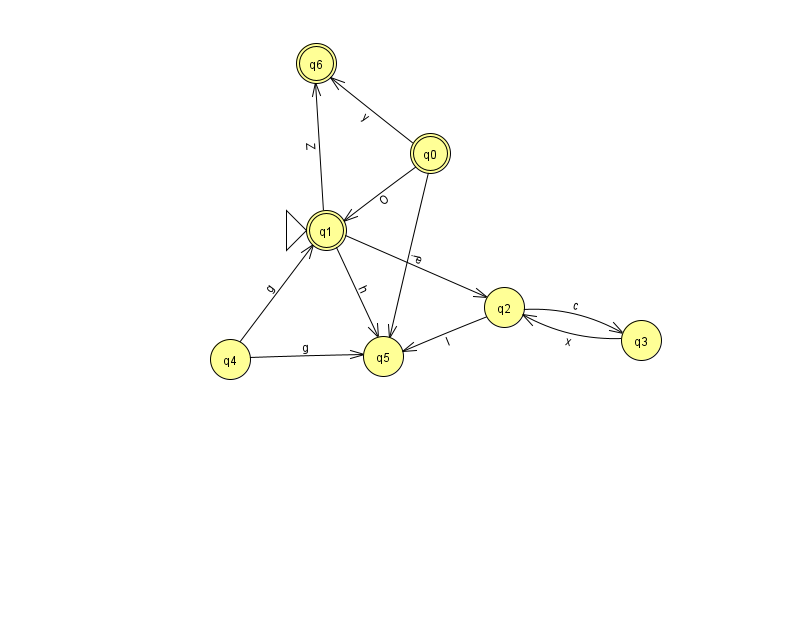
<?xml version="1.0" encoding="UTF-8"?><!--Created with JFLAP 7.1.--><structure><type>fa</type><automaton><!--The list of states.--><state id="0" name="q0"><x>430.0</x><y>140.0</y><final/></state><state id="1" name="q1"><x>326.0</x><y>217.0</y><initial/><final/></state><state id="2" name="q2"><x>504.0</x><y>294.0</y></state><state id="3" name="q3"><x>641.0</x><y>327.0</y></state><state id="4" name="q4"><x>230.0</x><y>346.0</y></state><state id="5" name="q5"><x>383.0</x><y>343.0</y></state><state id="6" name="q6"><x>316.0</x><y>50.0</y><final/></state><!--The list of transitions.--><transition><from>0</from><to>6</to><read>y</read></transition><transition><from>3</from><to>2</to><read>x</read></transition><transition><from>0</from><to>1</to><read>O</read></transition><transition><from>0</from><to>5</to><read>i</read></transition><transition><from>1</from><to>2</to><read>e</read></transition><transition><from>2</from><to>3</to><read>c</read></transition><transition><from>4</from><to>5</to><read>g</read></transition><transition><from>1</from><to>5</to><read>h</read></transition><transition><from>1</from><to>6</to><read>Z</read></transition><transition><from>2</from><to>5</to><read>I</read></transition><transition><from>4</from><to>1</to><read>g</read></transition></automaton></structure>